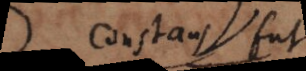
Constant, fut